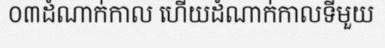
០៣ដំណាក់កាល ហើយដំណាក់កាលទីមួយ